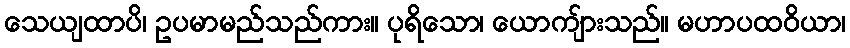
သေယျထာပိ၊ ဥပမာမည်သည်ကား။ ပုရိသော၊ ယောကျ်ားသည်။ မဟာပထဝိယာ၊